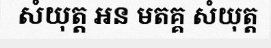
សំយុត្ត អន មតគ្គ សំយុត្ត